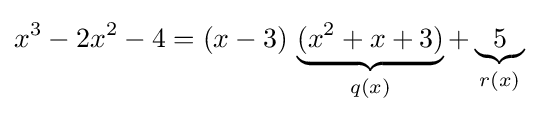
{x^{3}-2x^{2}-4}=(x-3)\,\underbrace {(x^{2}+x+3)} _{q(x)}+\underbrace {5} _{r(x)}